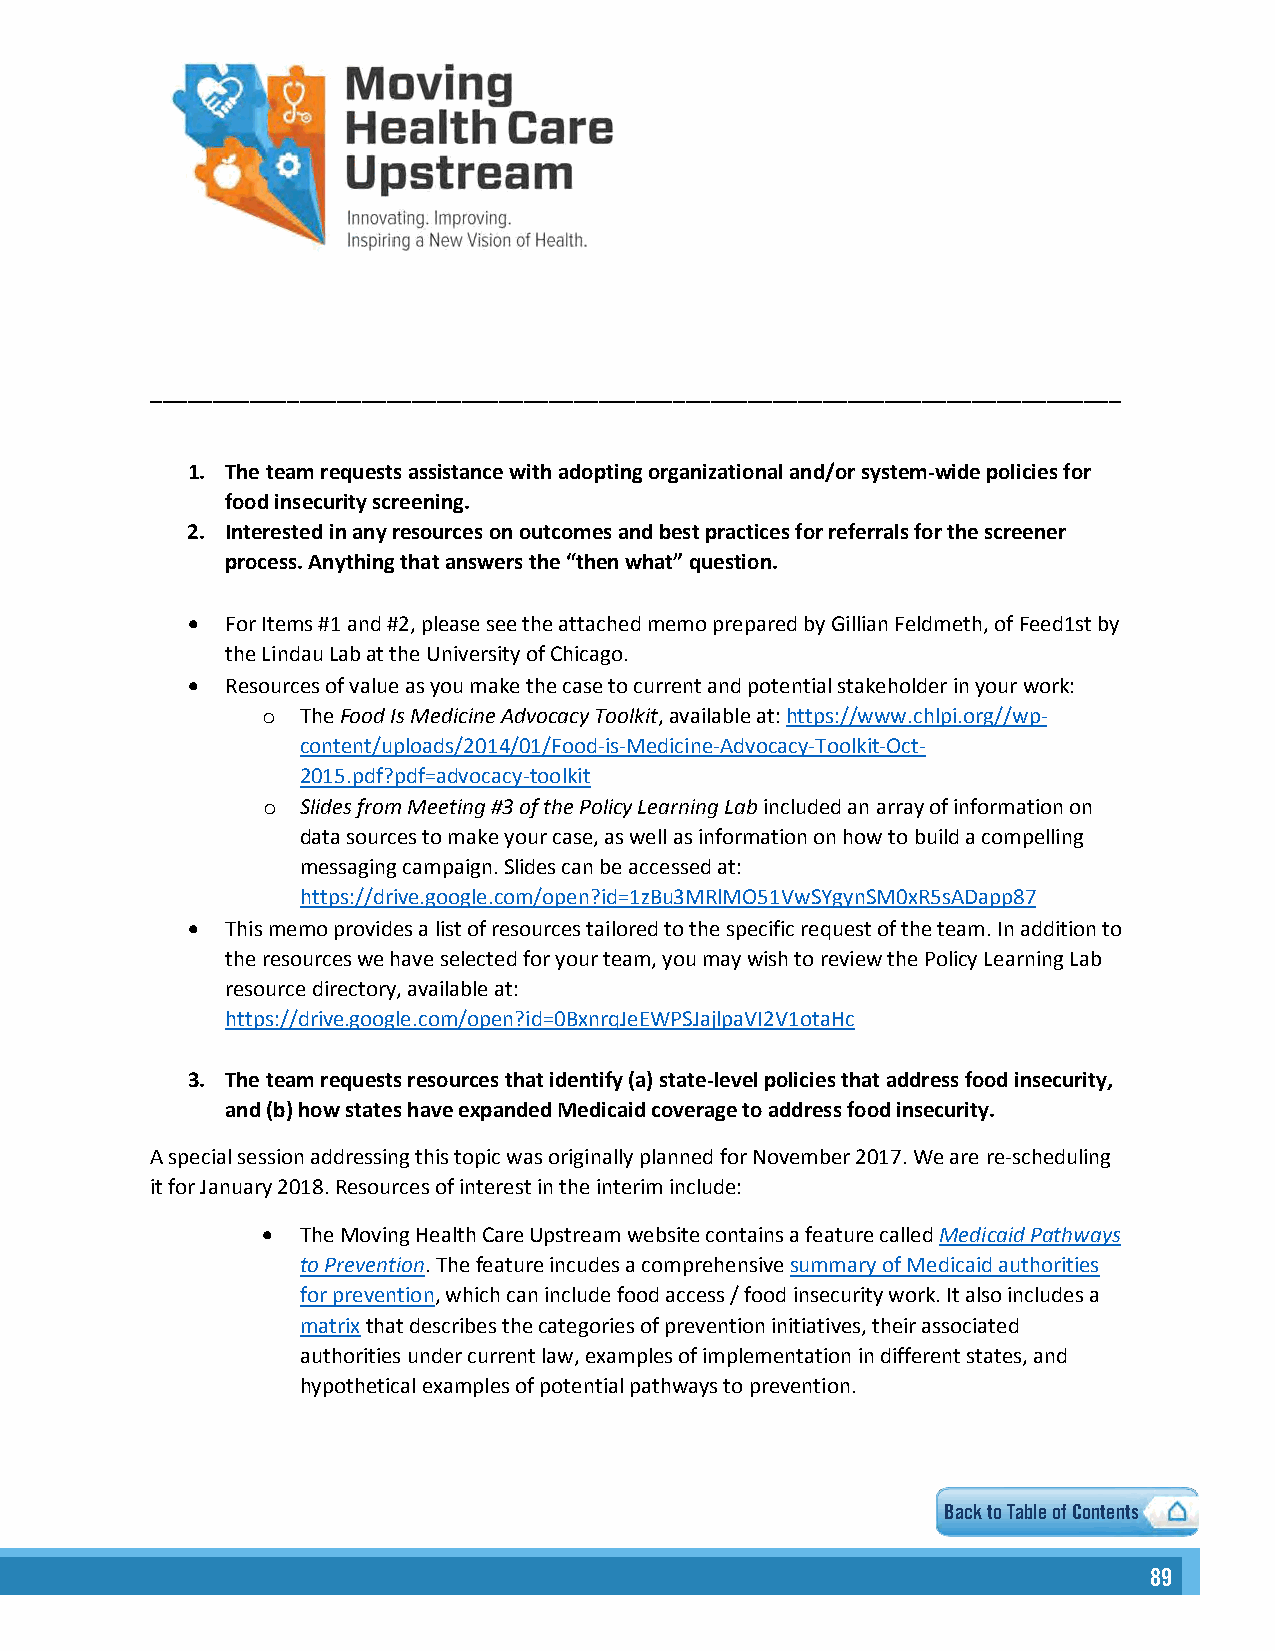
______________________________________________________________________________
 1. The team requests assistance with adopting organizational and/or system-wide policies for
 food insecurity screening.
 2. Interested in any resources on outcomes and best practices for referrals for the screener
 process. Anything that answers the “then what” question.
 •  For Items #1 and #2, please see the attached memo prepared by Gillian Feldmeth, of Feed1st by
 the Lindau Lab at the University of Chicago.
 •  Resources of value as you make the case to current and potential stakeholder in your work:
 The Food Is Medicine Advocacy Toolkit, available at: https://www.chlpi.org//wp-
 o
 content/uploads/2014/01/Food-is-Medicine-Advocacy-Toolkit-Oct-
 2015.pdf?pdf=advocacy-toolkit
 Slides from Meeting #3 of the Policy Learning Lab included an array of information on
 o
 data sources to make your case, as well as information on how to build a compelling
 messaging campaign. Slides can be accessed at:
 https://drive.google.com/open?id=1zBu3MRlMO51VwSYgynSM0xR5sADapp87
 •  This memo provides a list of resources tailored to the specific request of the team. In addition to
 the resources we have selected for your team, you may wish to review the Policy Learning Lab
 resource directory, available at:
 https://drive.google.com/open?id=0BxnrqJeEWPSJajlpaVI2V1otaHc
 3. The team requests resources that identify (a) state-level policies that address food insecurity,
 and (b) how states have expanded Medicaid coverage to address food insecurity.
 A special session addressing this topic was originally planned for November 2017. We are re-scheduling
 it for January 2018. Resources of interest in the interim include:
 •  The Moving Health Care Upstream website contains a feature called Medicaid Pathways
 to Prevention. The feature incudes a comprehensive summary of Medicaid authorities
 for prevention, which can include food access / food insecurity work. It also includes a
 matrix that describes the categories of prevention initiatives, their associated
 authorities under current law, examples of implementation in different states, and
 hypothetical examples of potential pathways to prevention.
 2                    Back to Table of Contents
 8899